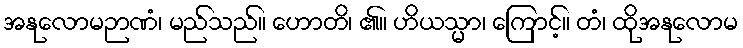
အနုလောမဉာဏံ၊ မည်သည်။ ဟောတိ၊ ၏။ ဟိယသ္မာ၊ ကြောင့်။ တံ၊ ထိုအနုလောမ